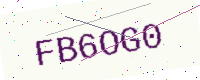
Text: FB6OG0